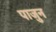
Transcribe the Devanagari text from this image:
पाजुन